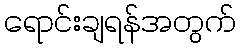
ရောင်းချရန်အတွက်